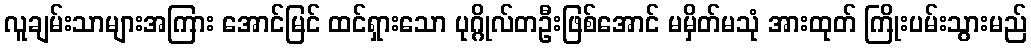
လူချမ်းသာများအကြား အောင်မြင် ထင်ရှားသော ပုဂ္ဂိုလ်တဦးဖြစ်အောင် မမှိတ်မသုံ အားထုတ် ကြိုးပမ်းသွားမည်